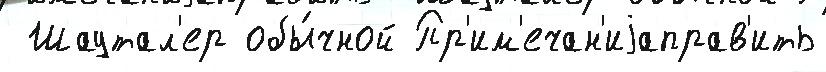
 Шаутал'ер обы́чной Пр'им'ечан'иjаправ'ить